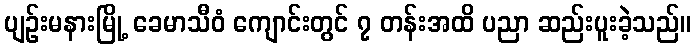
ပျဉ်းမနားမြို့ ခေမာသီဝံ ကျောင်းတွင် ၇ တန်းအထိ ပညာ ဆည်းပူးခဲ့သည်။